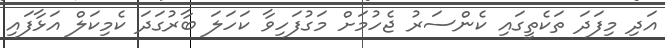
އަދި މިފަދަ ތަކެތީގައި ކެންސަރު ޖެހުމަށް މަގުފަހިވާ ކަހަލަ ބާރުގަދަ ކެމިކަލް އަޅާފައި